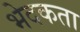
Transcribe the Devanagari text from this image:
भेदकता